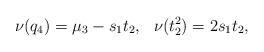
LaTeX: \begin{align*}\nu(q_4)=\mu_3-s_1t_2, \ \ \nu(t_2^2)=2s_1t_2,\end{align*}